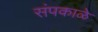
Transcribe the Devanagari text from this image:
संपकाळे